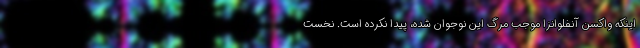
اینکه واکسن آنفلوانزا موجب مرگ این نوجوان شده، پیدا نکرده است. نخست